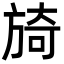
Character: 旑